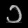
Digit: ၁